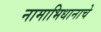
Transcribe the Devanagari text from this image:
नामाभिधानाचे